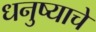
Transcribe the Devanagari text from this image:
धनुष्याचे